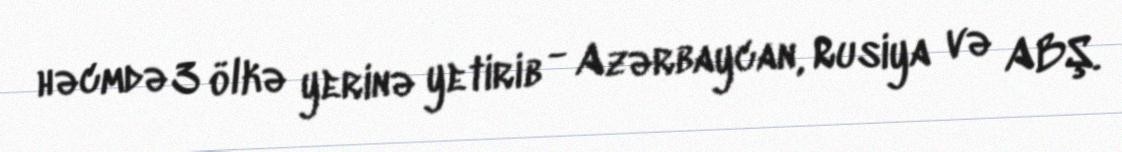
həcmdə 3 ölkə yerinə yetirib - Azərbaycan, Rusiya və ABŞ.